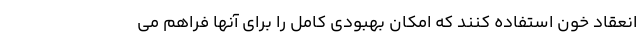
انعقاد خون استفاده کنند که امکان بهبودی کامل را برای آنها فراهم می